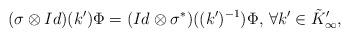
LaTeX: \begin{align*} (\sigma \otimes Id)(k')\Phi=(Id \otimes \sigma^*)((k')^{-1})\Phi, \,\forall k'\in \tilde{K}'_\infty,\end{align*}